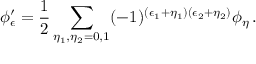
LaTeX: \phi _ { \epsilon } ^ { \prime } = \frac { 1 } { 2 } \sum _ { \eta _ { 1 } , \eta _ { 2 } = 0 , 1 } ( - 1 ) ^ { ( \epsilon _ { 1 } + \eta _ { 1 } ) ( \epsilon _ { 2 } + \eta _ { 2 } ) } \phi _ { \eta } \, .